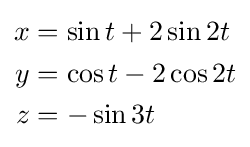
{\begin{aligned}x&=\sin t+2\sin 2t\\y&=\cos t-2\cos 2t\\z&=-\sin 3t\end{aligned}}